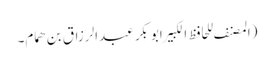
(المصنف للحافظ الکبیرابوبکر عبدالرزاق بن ھمام۔